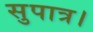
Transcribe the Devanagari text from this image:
सुपात्र।